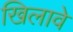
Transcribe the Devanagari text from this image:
खिलावे